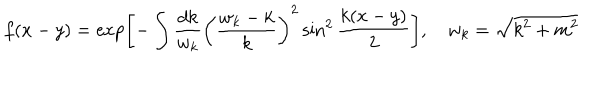
f ( x - y ) = \exp \left[ - \int \frac { d k } { w _ { k } } \left( \frac { w _ { k } - k } k \right) ^ { 2 } \sin ^ { 2 } \frac { k ( x - y ) } 2 \right] , \quad w _ { k } = \sqrt { k ^ { 2 } + m ^ { 2 } }